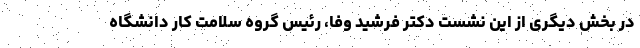
در بخش دیگری از این نشست دکتر فرشید وفا، رئیس گروه سلامت کار دانشگاه